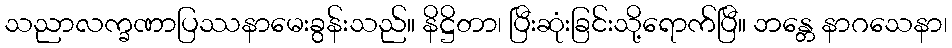
သညာလက္ခဏာပြဿနာမေးခွန်းသည်။ နိဋ္ဌိတာ၊ ပြီးဆုံးခြင်းသို့ရောက်ပြီ။ ဘန္တေ နာဂသေနာ၊